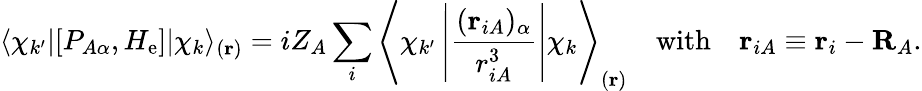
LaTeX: \langle\chi_{k^{\prime}}|[P_{A\alpha},H_{\mathrm{e}}]|\chi_{k}\rangle_{(\mathbf{r})}=iZ_{A}\sum_{i}\left\langle\chi_{k^{\prime}}\left|{\frac{(\mathbf{r}_{iA})_{\alpha}}{r_{iA}^{3}}}\right|\chi_{k}\right\rangle_{(\mathbf{r})}\quad{\mathrm{with}}\quad\mathbf{r}_{iA}\equiv\mathbf{r}_{i}-\mathbf{R}_{A}.